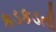
કડકડતી